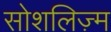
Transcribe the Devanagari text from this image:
सोशलिज़्म